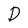
Character: D